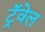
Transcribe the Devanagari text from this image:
ट्रॅवेल